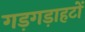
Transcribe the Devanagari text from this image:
गड़गड़ाहटों